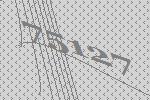
75127